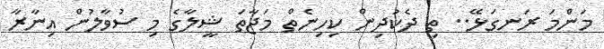
މަންމަ ރަނގަޅޭ.. ތި ދެކުދިން ކިހިނެތް މަޖާތަ ޝީލާގެ މި ސުވާލުން އިނާރާ